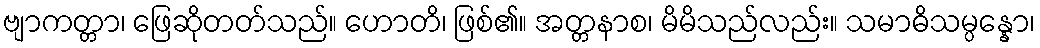
ဗျာကတ္တာ၊ ဖြေဆိုတတ်သည်။ ဟောတိ၊ ဖြစ်၏။ အတ္တနာစ၊ မိမိသည်လည်း။ သမာဓိသမ္ပန္နော၊